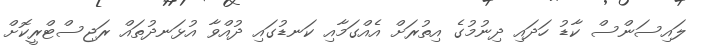
ލައިސަންސް ކާޑު ހަދައި ދިނުމުގެ އިތުރަށް އެއްގަމާއި ކަނޑުގައި ދުއްވާ އުޅަނދުތައް ރަޖިސްޓްރީކޮށް